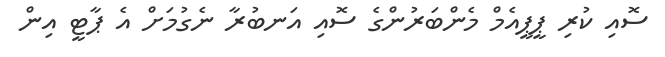
ސޮއި ކުރި ޕީޕީއެމް މެންބަރުންގެ ސޮއި އަނބުރާ ނެގުމަށް އެ ޕާޓީ އިން